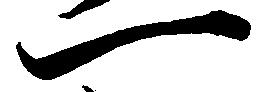
一